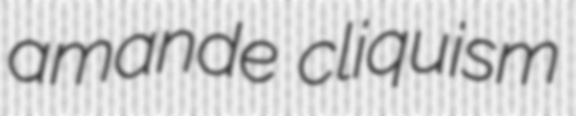
amande cliquism